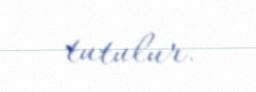
tutulur.